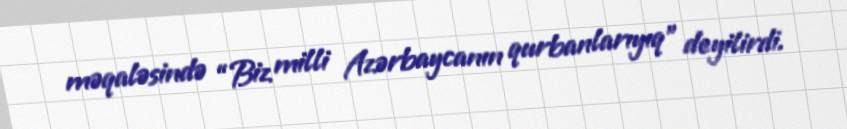
məqaləsində “Biz milli Azərbaycanın qurbanlarıyıq” deyilirdi.